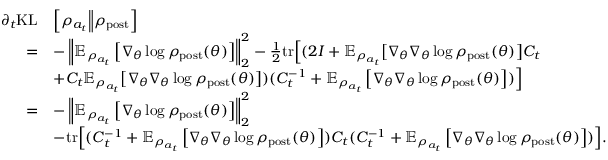
\begin{array} { r l } { \partial _ { t } { \mathrm { K L } } } & { \Bigl [ \rho _ { a _ { t } } \Big \Vert \rho _ { \mathrm { p o s t } } \Bigr ] } \\ { = } & { - \left\| \mathbb { E } _ { \rho _ { a _ { t } } } \left[ \nabla _ { \theta } \log \rho _ { \mathrm { p o s t } } ( \theta ) \right] \right\| _ { 2 } ^ { 2 } - \frac { 1 } { 2 } \mathrm { t r } \Bigl [ ( 2 I + \mathbb { E } _ { \rho _ { a _ { t } } } \bigl [ \nabla _ { \theta } \nabla _ { \theta } \log \rho _ { \mathrm { p o s t } } ( \theta ) \bigr ] C _ { t } } \\ & { + C _ { t } \mathbb { E } _ { \rho _ { a _ { t } } } \bigl [ \nabla _ { \theta } \nabla _ { \theta } \log \rho _ { \mathrm { p o s t } } ( \theta ) \bigr ] ) ( C _ { t } ^ { - 1 } + \mathbb { E } _ { \rho _ { a _ { t } } } \left[ \nabla _ { \theta } \nabla _ { \theta } \log \rho _ { \mathrm { p o s t } } ( \theta ) \right] ) \Bigr ] } \\ { = } & { - \left\| \mathbb { E } _ { \rho _ { a _ { t } } } \left[ \nabla _ { \theta } \log \rho _ { \mathrm { p o s t } } ( \theta ) \right] \right\| _ { 2 } ^ { 2 } } \\ & { - \mathrm { t r } \Bigl [ ( C _ { t } ^ { - 1 } + \mathbb { E } _ { \rho _ { a _ { t } } } \left[ \nabla _ { \theta } \nabla _ { \theta } \log \rho _ { \mathrm { p o s t } } ( \theta ) \right] ) C _ { t } ( C _ { t } ^ { - 1 } + \mathbb { E } _ { \rho _ { a _ { t } } } \left[ \nabla _ { \theta } \nabla _ { \theta } \log \rho _ { \mathrm { p o s t } } ( \theta ) \right] ) \Bigr ] . } \end{array}